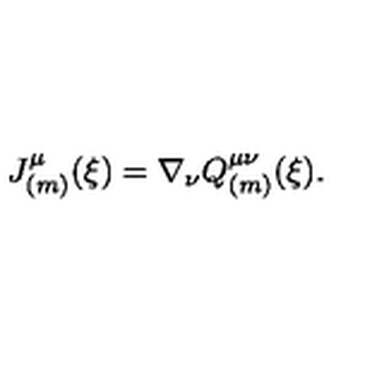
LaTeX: J _ { ( m ) } ^ { \mu } ( \xi ) = \nabla _ { \nu } Q _ { ( m ) } ^ { \mu \nu } ( \xi ) .